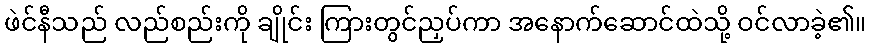
ဖဲင်နီသည် လည်စည်းကို ချိုင်း ကြားတွင်ညှပ်ကာ အနောက်ဆောင်ထဲသို့ ဝင်လာခဲ့၏။